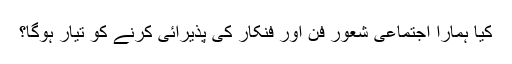
کیا ہمارا اجتماعی شعور فن اور فنکار کی پذیرائی کرنے کو تیار ہوگا؟